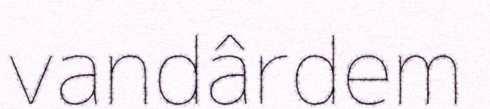
vandârdem